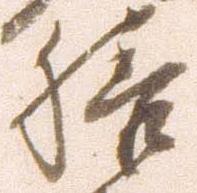
膳